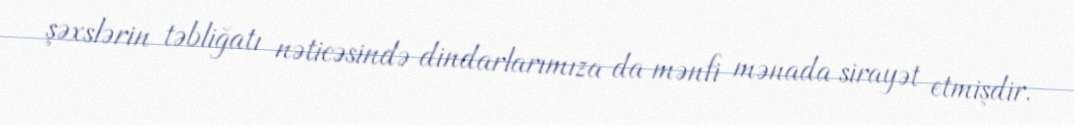
şəxslərin təbliğatı nəticəsində dindarlarımıza da mənfi mənada sirayət etmişdir.